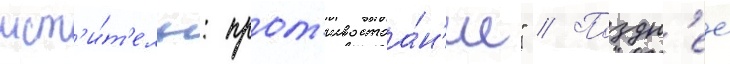
мст'и́т'ель: прот'ивостоа́н'ие" // Поздн'ее